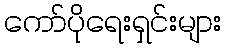
ကော်ပိုရေးရှင်းများ